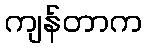
ကျန်တာက